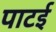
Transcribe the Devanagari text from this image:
पाटई